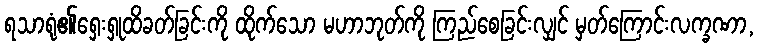
ရသာရုံ၏ရှေးရှုထိခတ်ခြင်းကို ထိုက်သော မဟာဘုတ်ကို ကြည်စေခြင်းလျှင် မှတ်ကြောင်းလက္ခဏာ,